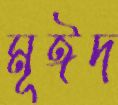
মূঈদ